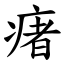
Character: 瘏